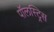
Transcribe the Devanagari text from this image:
पॉलस्ट्रिस